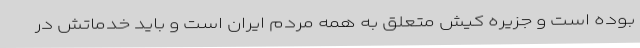
بوده است و جزیره کیش متعلق به همه مردم ایران است و باید خدماتش در